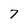
Character: 7